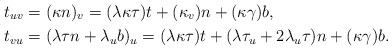
\begin{align*}t_{uv} & =(\kappa n)_{v}=(\lambda\kappa\tau)t+(\kappa_{v})n+(\kappa\gamma)b,\\t_{vu} & =(\lambda\tau n+\lambda_{u}b)_{u}=(\lambda\kappa\tau)t+(\lambda\tau_{u}+2\lambda_{u}\tau)n+(\kappa\gamma)b.\end{align*}